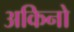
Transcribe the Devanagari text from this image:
अकिनो